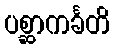
ပစ္ဆာကင်္ခတိ